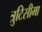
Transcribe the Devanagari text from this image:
त्रुटिसीमा